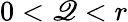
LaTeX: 0<\mathscr{Q}<r